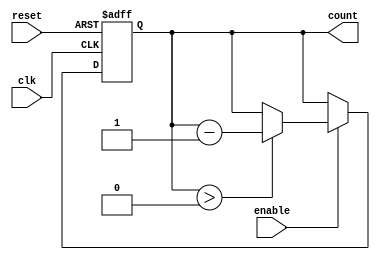
module MemoryBlocksDownCounter #(
    parameter COUNT_WIDTH = 4, // Width of the counter (can be adjusted)
    parameter INITIAL_VALUE = 15 // Initial value to load on reset
)(
    input wire clk,              // Clock signal
    input wire reset,            // Asynchronous reset signal
    input wire enable,           // Control signal to enable counting
    output reg [COUNT_WIDTH-1:0] count // Current count value
);

    // Always block for synchronous operation
    always @(posedge clk or posedge reset) begin
        if (reset) begin
            // Load the initial value on reset
            count <= INITIAL_VALUE;
        end else if (enable) begin
            // Decrement the counter if enabled and not at zero
            if (count > 0) begin
                count <= count - 1;
            end
        end
    end

endmodule